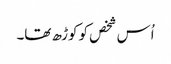
اُس شخص کو کوڑھ تھا۔